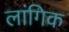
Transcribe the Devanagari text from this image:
लांगिक